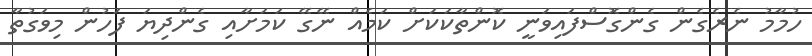
ހުމާމު ނެރެގެން ގެންގޮސްފައިވަނީ ކޮންތާކަކަށް ކަމެއް ނޭގޭ ކަމަށާއި ގެންދިޔަ ފަހުން މިވަގުތާ